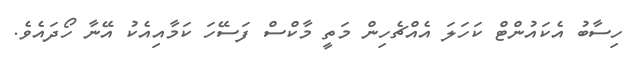
ހިސާބު އެކައުންޓް ކަހަލަ އެއްޗެހިން މަތީ މާކްސް ފަސޭހަ ކަމާއިއެކު އޭނާ ހޯދައެވެ.